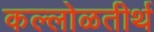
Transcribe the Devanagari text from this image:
कल्लोळतीर्थ